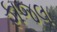
ફાજલ